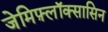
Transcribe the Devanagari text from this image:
जेमिफ़्लॉक्सासिन